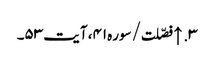
۳. ↑ فصّلت/سوره۴۱، آیت ۵۳۔